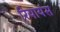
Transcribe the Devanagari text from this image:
रियायंस